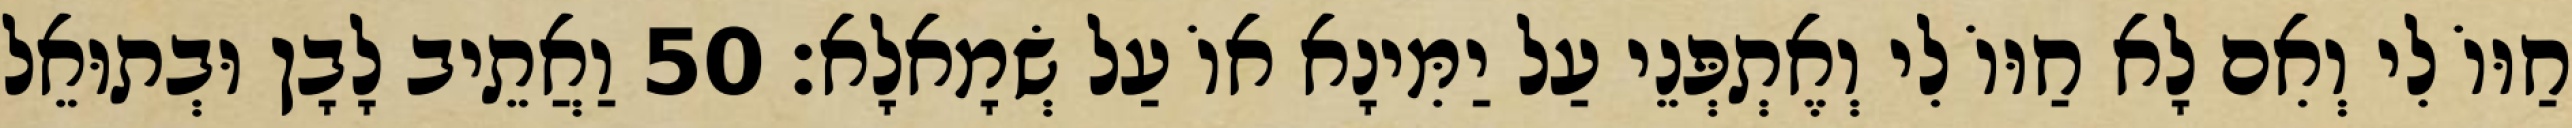
חַוּוֹ לִי וְאִם לָא חַוּוֹ לִי וְאֶתְפְּנֵי עַל יַמִּינָא אוֹ עַל שְׂמָאלָא׃ 50 וַאֲתֵיב לָבָן וּבְתוּאֵל